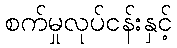
စက်မှုလုပ်ငန်းနှင့်